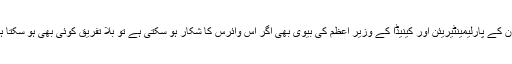
ایران کے پارلیمینٹیریئن اور کینیڈا کے وزیر اعظم کی بیوی بھی اگر اس وائرس کا شکار ہو سکتی ہے تو بلا تفریق کوئی بھی ہو سکتا ہے۔